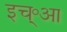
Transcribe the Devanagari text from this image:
इच्॰आ